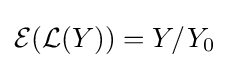
{\mathcal {E}}({\mathcal {L}}(Y))=Y/Y_{0}